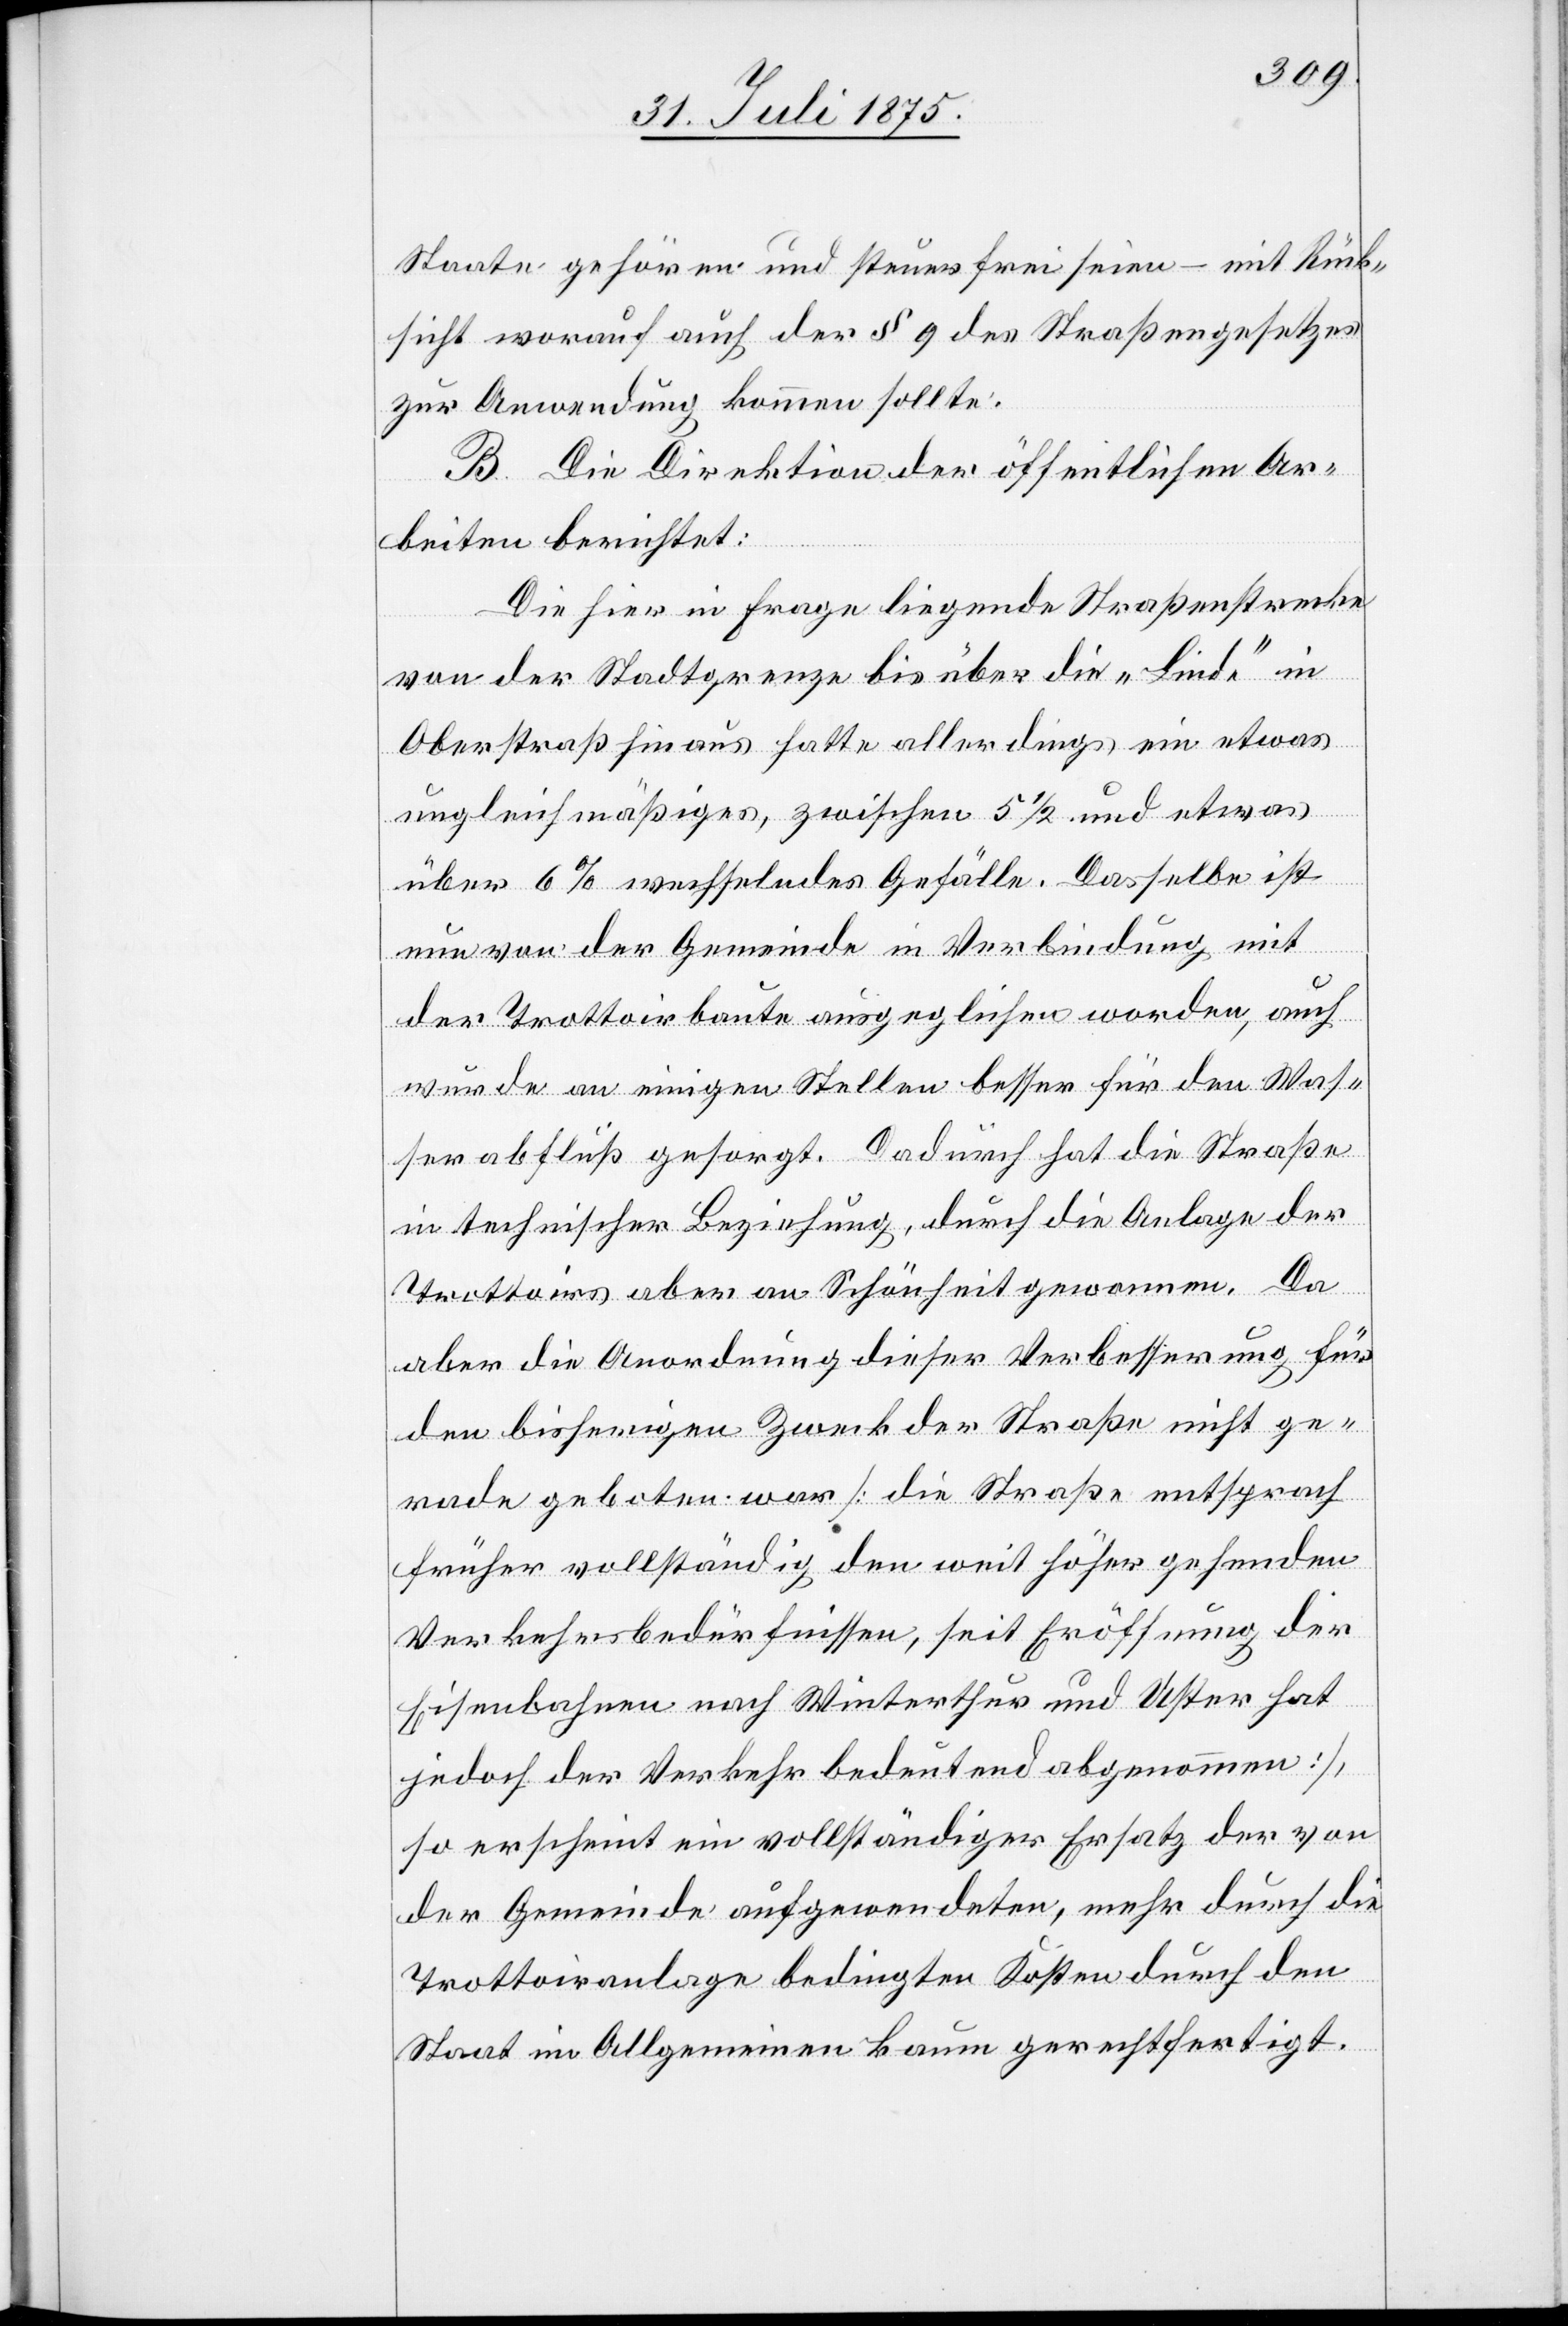
Staate gehören und steuerfrei seien – mit Rück¬
sicht worauf auch der § 9 des Straßengesetzes
zur Anwendung kommen sollte.
B. Die Direktion der öffentlichen Ar¬
beiten berichtet:
Die hier in Frage liegende Straßenstrecke
von der Stadtgrenze bis über die „Linde“ in
Oberstraß hinaus hatte allerdings ein etwas
ungleichmäßiges, zwischen 5 1/2 und etwas
über 6% wechselndes Gefälle. Dasselbe ist
nun von der Gemeinde in Verbindung mit
der Trottoirbaute ausgeglichen worden, auch
wurde an einigen Stellen besser für den Was¬
serabfluß gesorgt. Dadurch hat die Straße
in technischer Beziehung, durch die Anlage der
Trottoirs aber an Schönheit gewonnen. Da
aber die Anordnung dieser Verbesserung für
den bisherigen Zweck der Straße nicht ge¬
rade geboten war [die Straße entsprach
früher vollständig den weit höher gehenden
Verkehrsverhältnissen, seit Eröffnung der
Eisenbahnen nach Winterthur und Uster hat
jedoch der Verkehr bedeutend abgenommen],
so erscheint ein vollständiger Ersatz der von
der Gemeinde aufgewendeten, mehr durch die
Trottoiranlage bedingten Kosten durch den
Staat im Allgemeinen kaum gerechtfertigt.